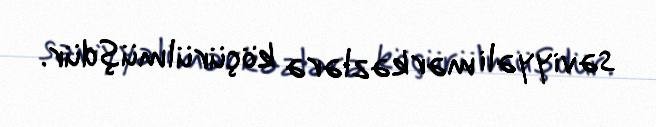
səviyyəli mərkəzlərə köçürülmüşdür.